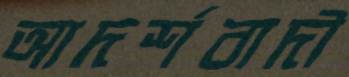
আদর্শবাদী